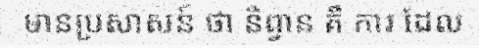
មានប្រសាសន៍ ថា និព្វាន គឺ ការ ដែល